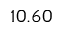
1 0 . 6 0